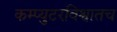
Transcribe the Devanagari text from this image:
कम्प्युटरविश्वातच